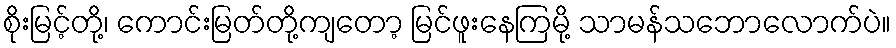
စိုးမြင့်တို့၊ ကောင်းမြတ်တို့ကျတော့ မြင်ဖူးနေကြမို့ သာမန်သဘောလောက်ပဲ။